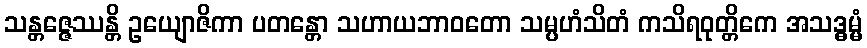
သန္တဇ္ဇေဿန္တိ ဥယျောဇိကာ ပတန္တော သဟာယဘာဝတော သမ္ပဟံသိတံ ကသိရဝုတ္တိကေ အသဒ္ဓမ္မံ